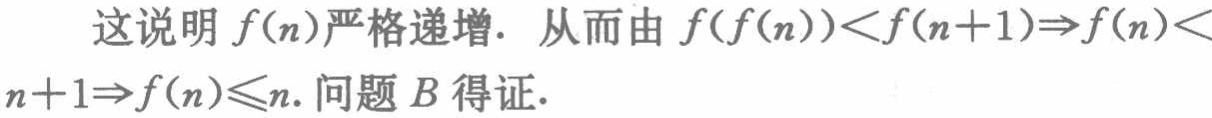
这说明 \(f(n)\)严格递增. 从而由 \(f(f(n))<f(n + 1)\Rightarrow f(n)<n + 1\Rightarrow f(n)\leqslant n\). 问题 \(B\) 得证.